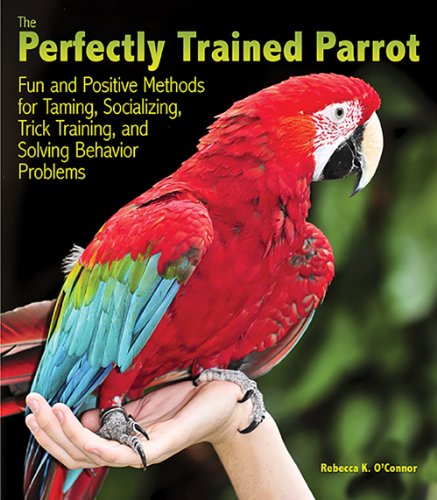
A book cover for The Perfectly Trained Parrot: Fun and Positive Methods for Taming, Socializing, Trick Training, Release and Solving Behavior Problems; Rebecca K. O'Connor; Crafts, Hobbies & Home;